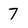
Character: 7